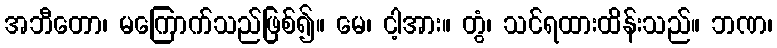
အဘီတော၊ မကြောက်သည်ဖြစ်၍။ မေ၊ ငါ့အား။ တွံ၊ သင်ရထားထိန်းသည်။ ဘဏ၊